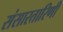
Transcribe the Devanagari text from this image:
संसारतारिणी